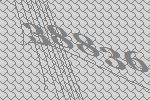
38836